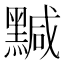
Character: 黬